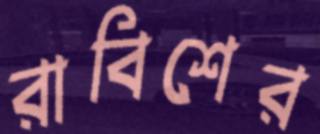
রাবিশের